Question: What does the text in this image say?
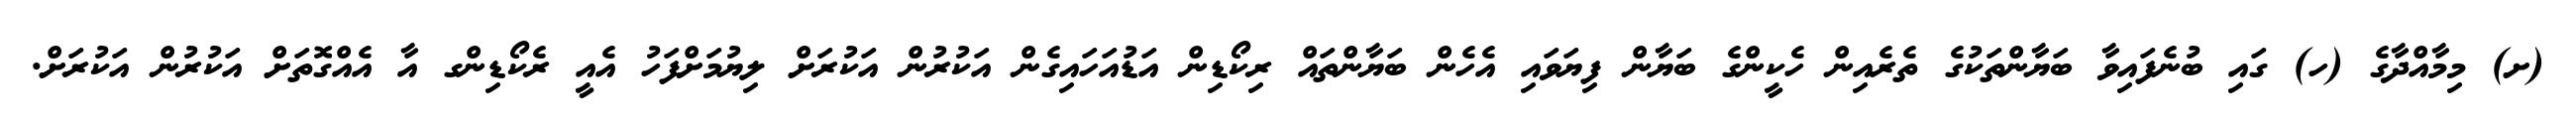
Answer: (ށ) މިމާއްދާގެ (ހ) ގައި ބުނެފައިވާ ބަޔާންތަކުގެ ތެރެއިން ހެކީންގެ ބަޔާން ފިޔަވައި އެހެން ބަޔާންތައް ރިކޯޑިން އަޑުއަހައިގެން އަކުރުން އަކުރަށް ލިޔުމަށްފަހު އެއީ ރެކޯޑިންގ އާ އެއްގޮތަށް އަކުރުން އަކުރަށް.